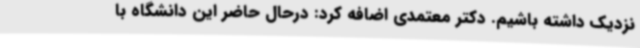
نزدیک داشته باشیم. دکتر معتمدی اضافه کرد: درحال حاضر این دانشگاه با